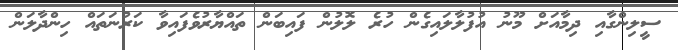
ސީލިންގާއި ދިމާއަށް މޫނު އުފުލާލައިގެން ހުރެ ލޮލުން ފައިބަން ތައްޔާރުވެފައިވާ ކަރުނަތައް ހިންދާލަން